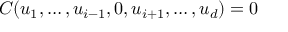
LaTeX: C ( u _ { 1 } , \dots , u _ { i - 1 } , 0 , u _ { i + 1 } , \dots , u _ { d } ) = 0